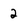
Character: 2